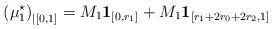
LaTeX: \begin{align*}\left(\mu_1^\star\right)_{|\left[0,1\right]}=M_1\mathbf{1}_{\left[0,r_1\right]}+M_1\mathbf{1}_{\left[r_1+2r_0+2r_2,1\right]}\end{align*}